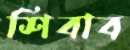
শিবাব